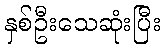
နှစ်ဦးသေဆုံးပြီး